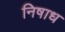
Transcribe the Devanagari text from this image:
निषाध